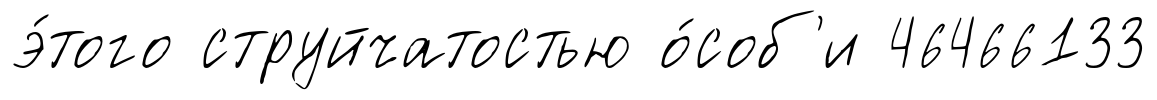
э́того струйчатостью о́соб'и 46466133